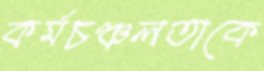
কর্মচঞ্চলতাকে